Vaccine operations Central Provinces & Berar 1922-1929 - 1922-1929
Year: 1922
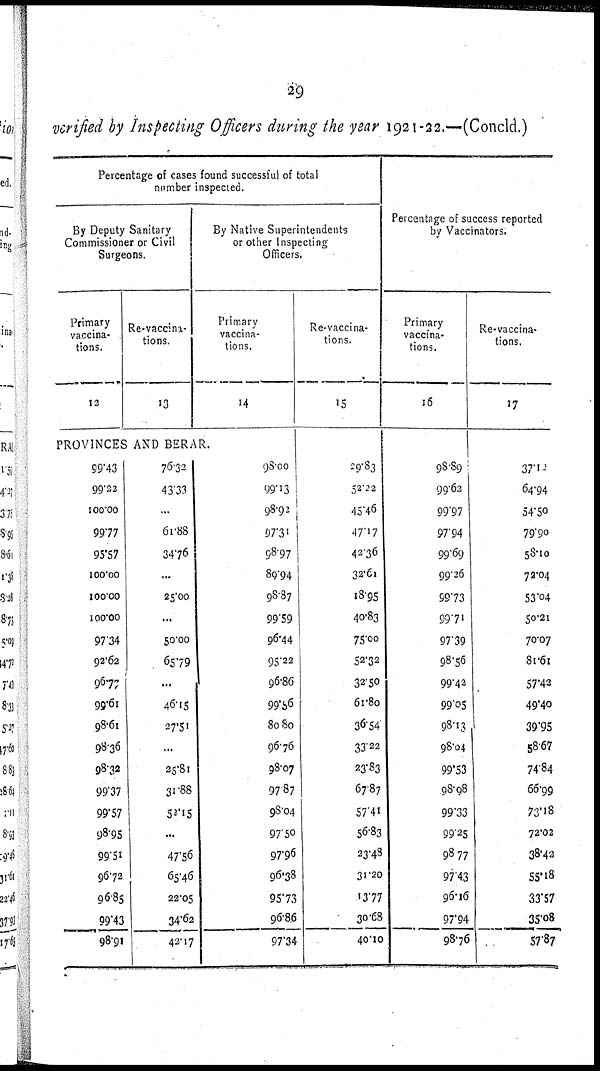
29
verified by Inspecting Officers during the year 1921-22.—(Concld.)
Percentage of cases found successful of total
number inspected.
By Deputy Sanitary
Commissioner or Civil
Surgeons.
Primary
vaccina-
tions.
12
Re-vaccina-
tions.
13
By Native Superintendents
or other Inspecting
Officers.
Primary
vaccina-
tions.
14
PROVINCES AND BERAR.
99.43
90.22
100.00
99.77
95.57
100.00
100.00
100.00
97.34
92.62
96.77
99.61
98.61
98.36
98.32
99.37
99.57
98.95
99.51
96.72
96.85
99.43
98.91
76.32
43.31
...
61.88
34.76
...
25.00
...
50.00
65.79
...
46.15
27.51
...
25.81
31.88
52.15
...
47.56
65.46
22.05
34.62
42.17
98.00
99.13
98.92
97.31
98.97
89.94
98.87
99.59
96.44
95.22
96.86
99.56
80.80
96.76
98.07
97.87
98.04
97.50
97.96
96.38
95.73
96.86
97.34
Re-vaccina-
tions.
15
29.83
52.22
45.46
47.17
42.36
32.61
18.95
40.83
75.00
52.32
32.50
61.80
36.54
33.22
23.83
67.87
57.41
56.83
23.48
31.20
13.77
30.68
40.10
Percentage of success reported
by Vaccinators.
Primary
vaccina-
tions.
16
98.89
99.62
99.97
97.94
99.69
99.26
99.73
99.71
97.39
98.56
99.42
99.05
98.13
98.04
99.53
98.98
99.33
99.25
98.77
97.43
96.16
97.94
98.76
Re-vaccina-
tions.
17
37.12
64.94
54.50
79.90
58.10
72.04
53.04
50.21
70.07
81.61
57.42
49.40
39.95
58.67
74.84
66.99
73.18
72.02
38.42
55.18
33.57
35.08
57.87